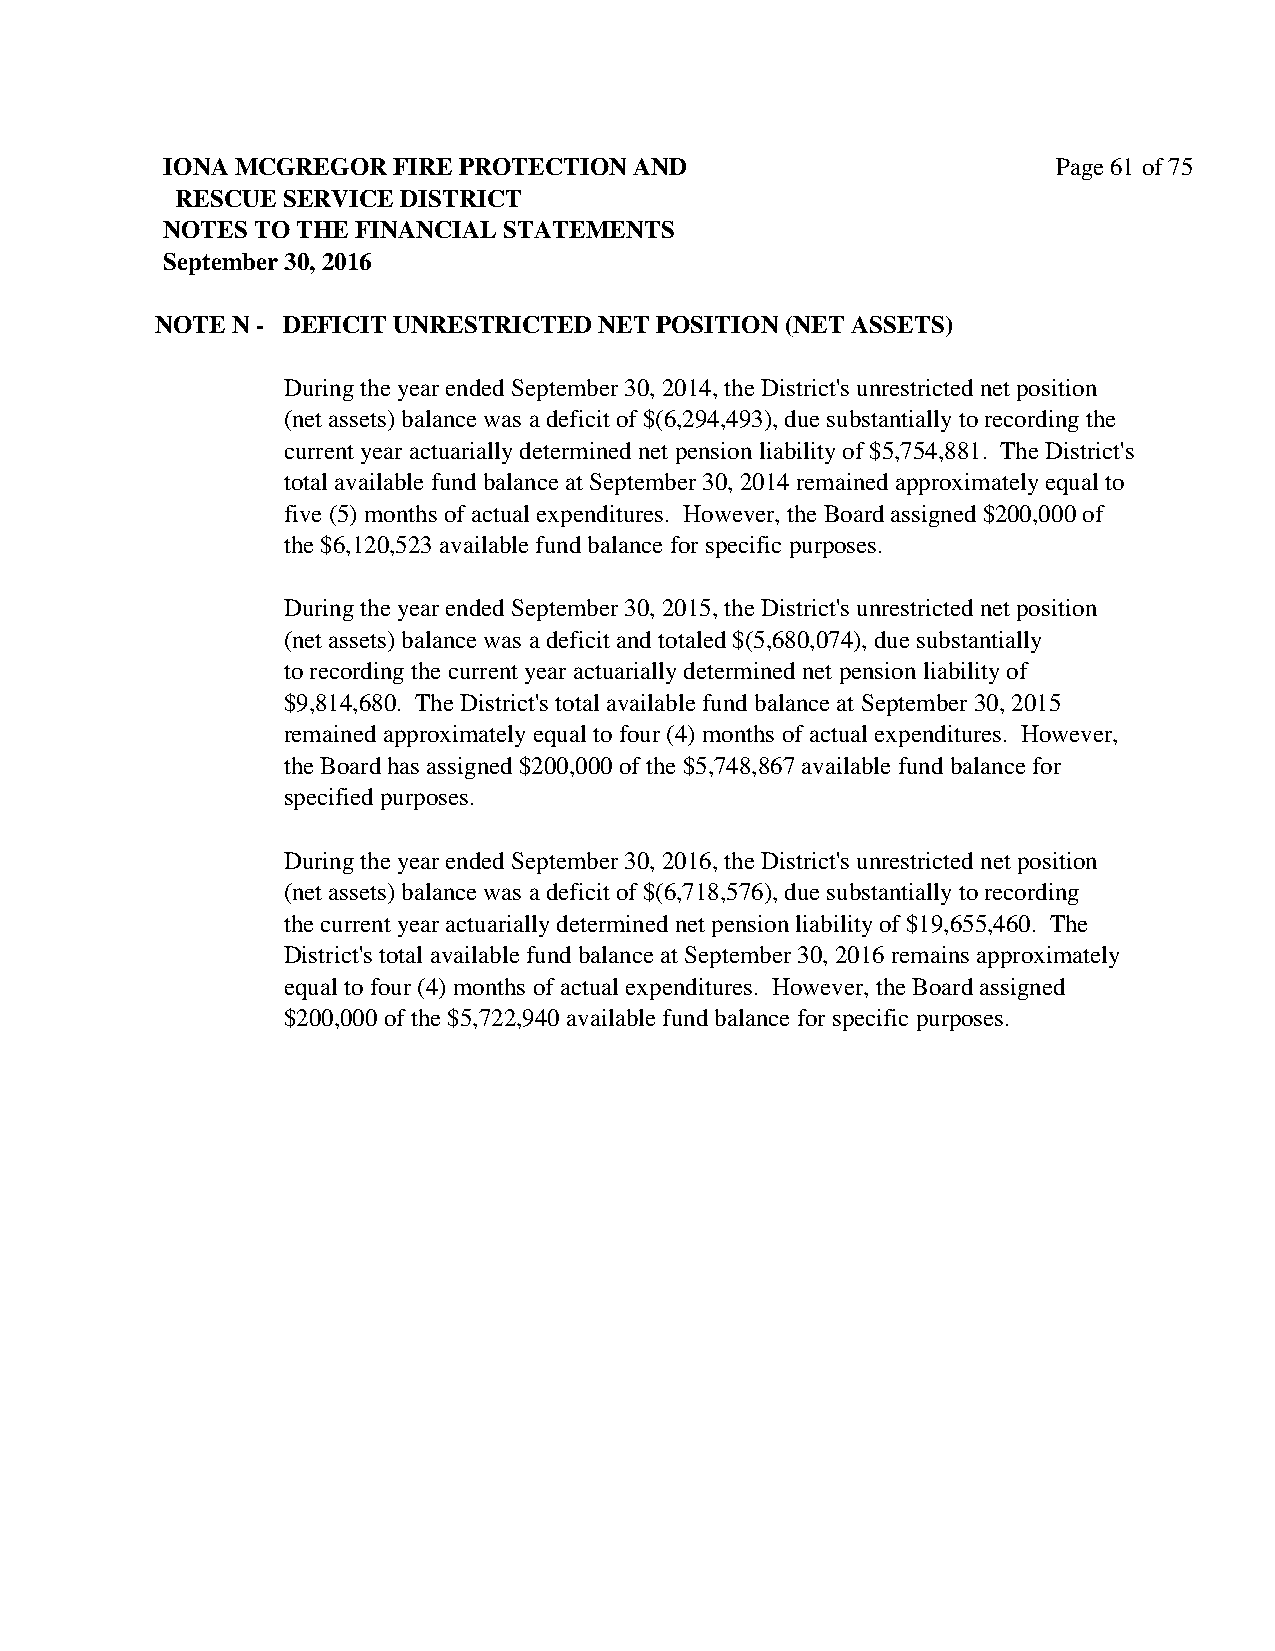
IONA MCGREGOR  FIRE PROTECTION AND                         Page 61 of 75
 RESCUE SERVICE DISTRICT
 NOTES TO THE FINANCIAL STATEMENTS
 September 30, 2016
 NOTE N - DEFICIT UNRESTRICTED NET POSITION (NET ASSETS)
 During the year ended September 30, 2014, the District's unrestricted net position
 (net assets) balance was a deficit of $(6,294,493), due substantially to recording the
 current year actuarially determined net pension liability of $5,754,881. The District's
 total available fund balance at September 30, 2014 remained approximately equal to
 five (5) months of actual expenditures. However, the Board assigned $200,000 of
 the $6,120,523 available fund balance for specific purposes.
 During the year ended September 30, 2015, the District's unrestricted net position
 (net assets) balance was a deficit and totaled $(5,680,074), due substantially
 to recording the current year actuarially determined net pension liability of
 $9,814,680. The District's total available fund balance at September 30, 2015
 remained approximately equal to four (4) months of actual expenditures. However,
 the Board has assigned $200,000 of the $5,748,867 available fund balance for
 specified purposes.
 During the year ended September 30, 2016, the District's unrestricted net position
 (net assets) balance was a deficit of $(6,718,576), due substantially to recording
 the current year actuarially determined net pension liability of $19,655,460. The
 District's total available fund balance at September 30, 2016 remains approximately
 equal to four (4) months of actual expenditures. However, the Board assigned
 $200,000 of the $5,722,940 available fund balance for specific purposes.